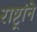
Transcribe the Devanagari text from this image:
राष्ट्रांने